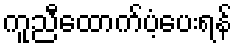
ကူညီထောက်ပံ့ပေးရန်